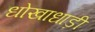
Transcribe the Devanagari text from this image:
धोखाधाड़ी